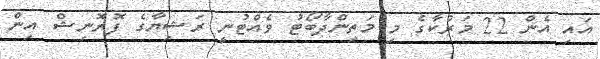
އައި އެން 22 މަރުކާގެ މި މަތިންދާބޯޓު ވެއްޓުނީ ރަޝިޔާގެ ފޮރޮނިޝް އިން